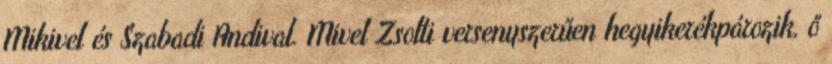
Mikivel és Szabadi Andival. Mivel Zsolti versenyszerűen hegyikerékpározik, ő